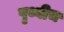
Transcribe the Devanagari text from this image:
पृथ्वीच